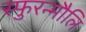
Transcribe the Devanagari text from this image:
स्फुरन्मौलि